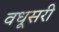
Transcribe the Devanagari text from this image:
वधूसरी